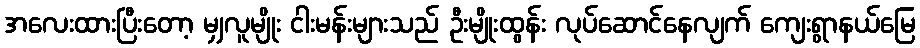
အလေးထားပြီးတော့ မျှလူမျိုး ငါးမန်းများသည် ဦးမျိုးထွန်း လုပ်ဆောင်နေလျက် ကျေးရွာနယ်မြေ